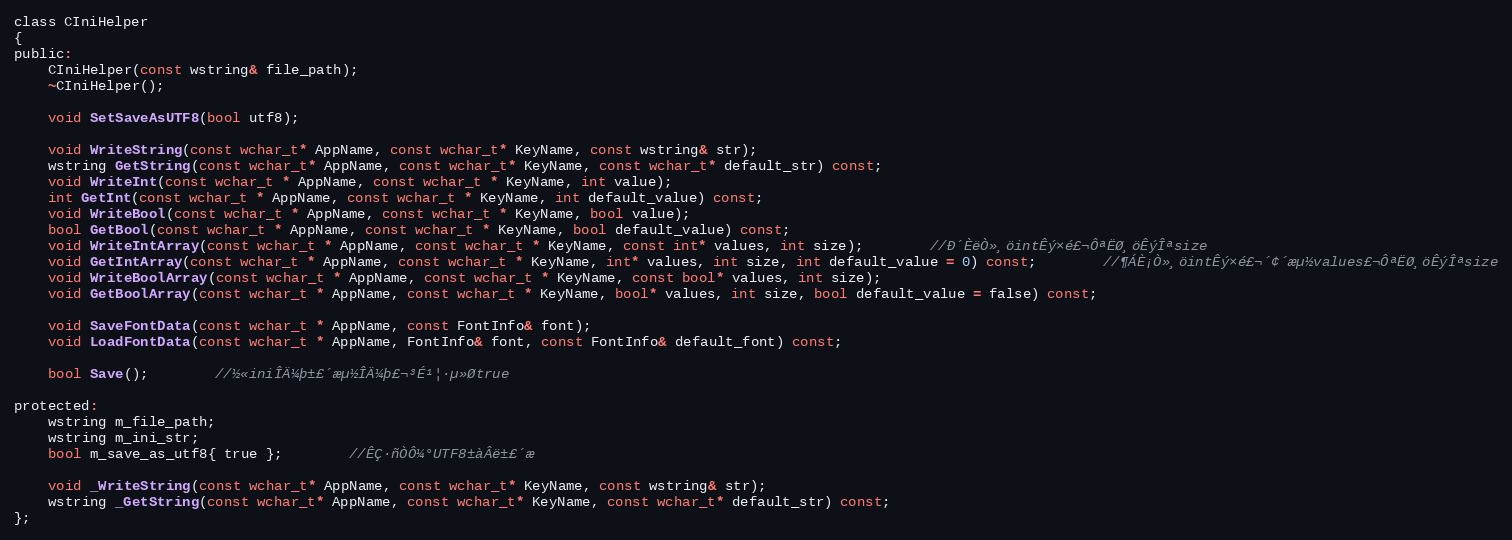
Language: C
class CIniHelper
{
public:
	CIniHelper(const wstring& file_path);
	~CIniHelper();

	void SetSaveAsUTF8(bool utf8);

	void WriteString(const wchar_t* AppName, const wchar_t* KeyName, const wstring& str);
	wstring GetString(const wchar_t* AppName, const wchar_t* KeyName, const wchar_t* default_str) const;
	void WriteInt(const wchar_t * AppName, const wchar_t * KeyName, int value);
	int GetInt(const wchar_t * AppName, const wchar_t * KeyName, int default_value) const;
	void WriteBool(const wchar_t * AppName, const wchar_t * KeyName, bool value);
	bool GetBool(const wchar_t * AppName, const wchar_t * KeyName, bool default_value) const;
	void WriteIntArray(const wchar_t * AppName, const wchar_t * KeyName, const int* values, int size);		//Ð´ÈëÒ»¸öintÊý×é£¬ÔªËØ¸öÊýÎªsize
	void GetIntArray(const wchar_t * AppName, const wchar_t * KeyName, int* values, int size, int default_value = 0) const;		//¶ÁÈ¡Ò»¸öintÊý×é£¬´¢´æµ½values£¬ÔªËØ¸öÊýÎªsize
	void WriteBoolArray(const wchar_t * AppName, const wchar_t * KeyName, const bool* values, int size);
	void GetBoolArray(const wchar_t * AppName, const wchar_t * KeyName, bool* values, int size, bool default_value = false) const;

	void SaveFontData(const wchar_t * AppName, const FontInfo& font);
	void LoadFontData(const wchar_t * AppName, FontInfo& font, const FontInfo& default_font) const;

	bool Save();		//½«iniÎÄ¼þ±£´æµ½ÎÄ¼þ£¬³É¹¦·µ»Øtrue

protected:
	wstring m_file_path;
	wstring m_ini_str;
	bool m_save_as_utf8{ true };		//ÊÇ·ñÒÔ¼°UTF8±àÂë±£´æ

	void _WriteString(const wchar_t* AppName, const wchar_t* KeyName, const wstring& str);
	wstring _GetString(const wchar_t* AppName, const wchar_t* KeyName, const wchar_t* default_str) const;
};